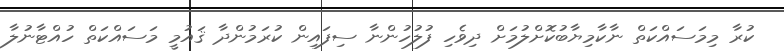
ކުރާ މިމަސައްކަތް ނާކާމިޔާބުކޮށްލުމަށް ދިވެހި ފުލުހުންނާ ސިފައިން ކުރަމުންދާ ޤައުމީ މަސައްކަތް ހުއްޓާނުލާ